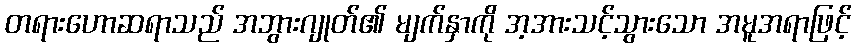
တရားဟောဆရာသည် အဘွားဂျုတ်၏ မျက်နှာကို အ့အားသင့်သွားသော အမူအရာဖြင့်